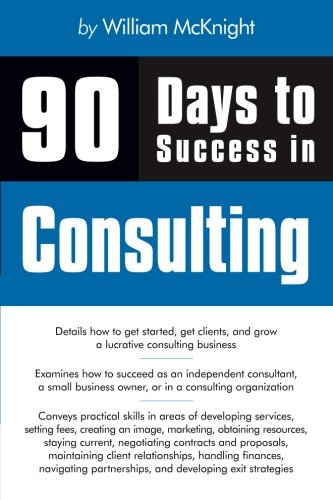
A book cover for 90 Days to Success in Consulting; William McKnight; Business & Money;